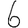
Digit: 6